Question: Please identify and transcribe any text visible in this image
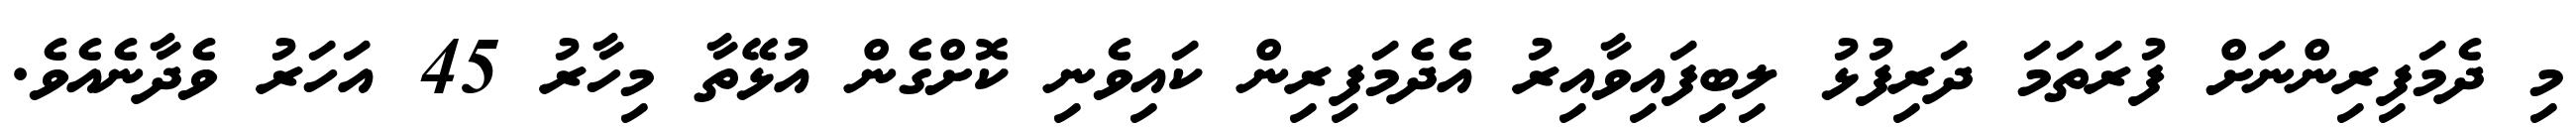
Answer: މި ދެމަފިރިންނަށް ފުރަތަމަ ދަރިފުޅު ލިބިފައިވާއިރު އެދެމަފިރިން ކައިވެނި ކޮށްގެން އުޅޭތާ މިހާރު 45 އަހަރު ވެދާނެއެވެ.